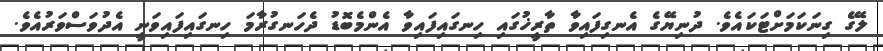
ލޭގެ ގިނަކަމަށްޓަކައެވެ. ދުނިޔޭގެ އެނގިފައިވާ ތާރީޚުގައި ހިނގައިފައިވާ އެންމެބޮޑު ދެހަނގުރާމަ ހިނގައިފައިވަނީ އެދުވަސްވަރުއެވެ.